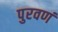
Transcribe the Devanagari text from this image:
पुरवणं